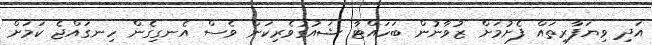
އަދި ވިޔަފާރިތައް ފެށުމަށް ޒުވާނުން ބަހައްޓާ ޝައުގުވެރިކަން ވެސް އެނގިގެން ހިނގައްޖެ ކަމަށް